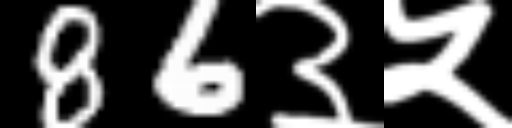
Text: 86३५